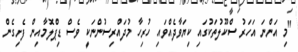
"މި އަންނަ އަހަރު ސްކޫލުތަކުގައި ކިޔަވާދެއްވައި ހުރިހާ މުދައްރިސުންނަކީ ވެސް ޑިޕްލޮމާއިން ފެށިގެން